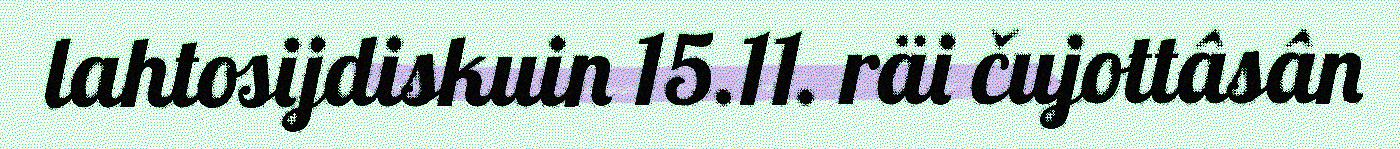
lahtosijdiskuin 15.11. räi čujottâsân